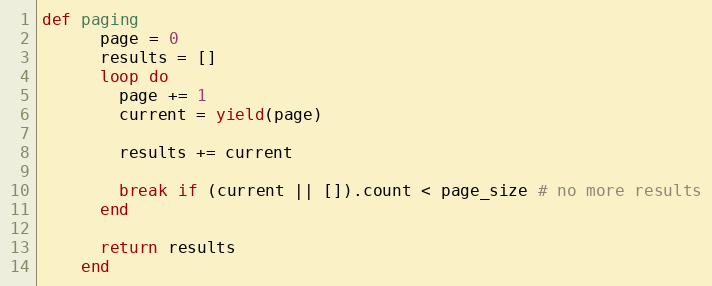
Language: Ruby
def paging
      page = 0
      results = []
      loop do
        page += 1
        current = yield(page)

        results += current

        break if (current || []).count < page_size # no more results
      end

      return results
    end